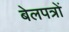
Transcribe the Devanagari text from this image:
बेलपत्रों